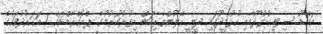
އައްޑޫ ސިޓީ ހުޅުދޫއާއި ހުޅުމީދޫގައި ދީނީ ހޭލުންތެރިކަން އިތުރުކުރުމުގެ ޕްރޮގްރާމްތައް 1 އަހަރުދުވަހުގެ